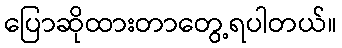
ပြောဆိုထားတာတွေ့ရပါတယ်။